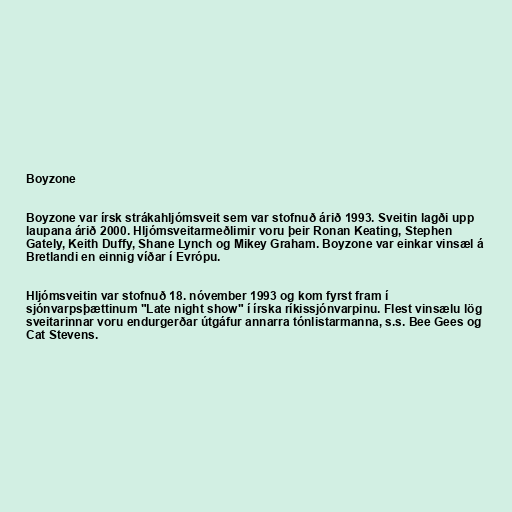
Boyzone

Boyzone var írsk strákahljómsveit sem var stofnuð árið 1993. Sveitin lagði upp
laupana árið 2000. Hljómsveitarmeðlimir voru þeir Ronan Keating, Stephen
Gately, Keith Duffy, Shane Lynch og Mikey Graham. Boyzone var einkar vinsæl á
Bretlandi en einnig víðar í Evrópu.

Hljómsveitin var stofnuð 18. nóvember 1993 og kom fyrst fram í
sjónvarpsþættinum "Late night show" í írska ríkissjónvarpinu. Flest vinsælu lög
sveitarinnar voru endurgerðar útgáfur annarra tónlistarmanna, s.s. Bee Gees og
Cat Stevens.